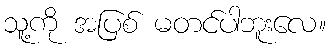
သူ့ကို အပြစ် မတင်ပါဘူးလေ။